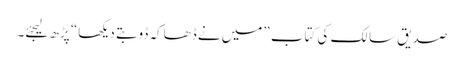
صدیق سالک کی کتاب ”میں نے ڈھاکہ ڈوبتے دیکھا“ پڑھ لیجئے۔